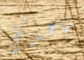
ساعدك